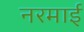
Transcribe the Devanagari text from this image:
नरमाई